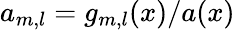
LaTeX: {a}_{m,l}=g_{m,l}(x)/a(x)